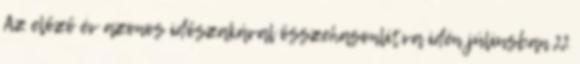
Az előző év azonos időszakával összehasonlítva idén júliusban 22